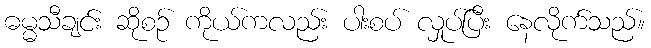
ဓမ္မသီချင်း ဆိုစဉ် ကိုယ်ကလည်း ပါးစပ် လှုပ်ပြီး နေလိုက်သည်။